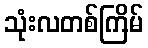
သုံးလတစ်ကြိမ်